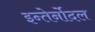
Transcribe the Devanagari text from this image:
इन्तेर्नोदल